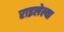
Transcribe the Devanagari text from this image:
राइलेल्या